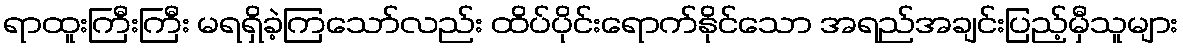
ရာထူးကြီးကြီး မရရှိခဲ့ကြသော်လည်း ထိပ်ပိုင်းရောက်နိုင်သော အရည်အချင်းပြည့်မှီသူများ